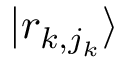
| r _ { k , j _ { k } } \rangle